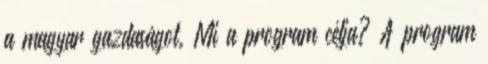
a magyar gazdaságot. Mi a program célja? A program